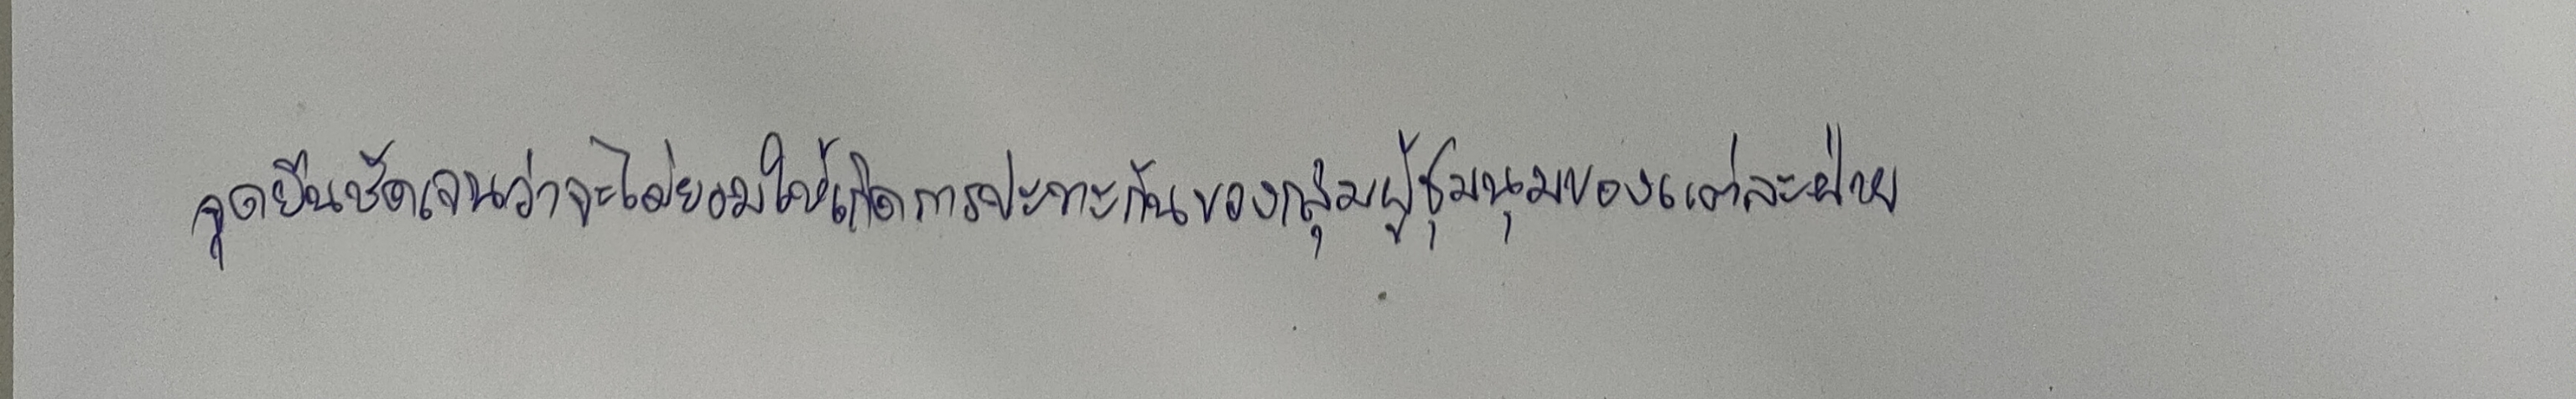
จุดยืนชัดเจนว่าจะไม่ยอมให้เกิดการปะทะกันของกลุ่มผู้ชุมนุมของแต่ละฝ่าย